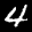
Label: 4